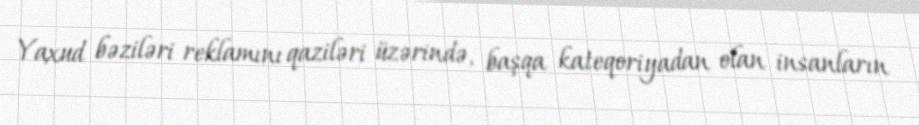
Yaxud bəziləri reklamını qaziləri üzərində, başqa kateqoriyadan olan insanların